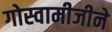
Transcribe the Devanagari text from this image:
गोस्वामीजीने